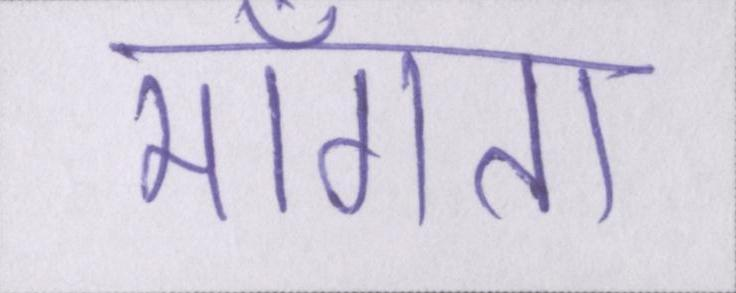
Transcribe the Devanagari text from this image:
माँगता